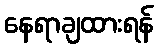
နေရာချထားရန်